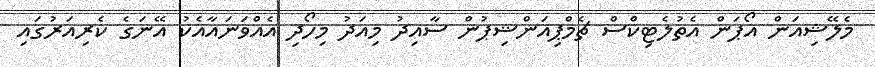
މެލޭޝިއަން އޯޕަން އެތުލެޓިކްސް ޗެމްޕިއަންޝިޕުން ސާއިދު މިއަދު މިހޯދި އެއްވަނައާއެކު އޭނަގެ ކެރިއަރުގައި